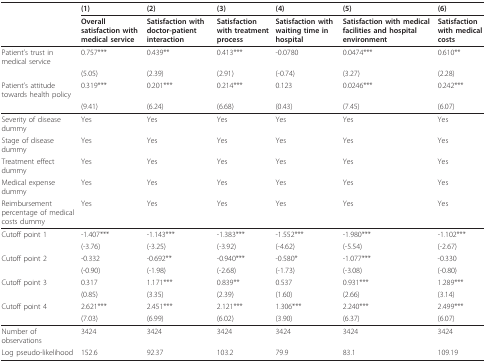
<table><thead><tr><td></td><td><b>(1)</b></td><td><b>(2)</b></td><td><b>(3)</b></td><td><b>(4)</b></td><td><b>(5)</b></td><td><b>(6)</b></td></tr><tr><td></td><td><b>Overall satisfaction with medical service</b></td><td><b>Satisfaction with doctor-patient interaction</b></td><td><b>Satisfaction with treatment process</b></td><td><b>Satisfaction with waiting time in hospital</b></td><td><b>Satisfaction with medical facilities and hospital environment</b></td><td><b>Satisfaction with medical costs</b></td></tr></thead><tbody><tr><td>Patient&#x27;s trust in medical service</td><td>0.757***</td><td>0.439**</td><td>0.413***</td><td>-0.0780</td><td>0.0474***</td><td>0.610**</td></tr><tr><td></td><td>(5.05)</td><td>(2.39)</td><td>(2.91)</td><td>(-0.74)</td><td>(3.27)</td><td>(2.28)</td></tr><tr><td>Patient&#x27;s attitude towards health policy</td><td>0.319***</td><td>0.201***</td><td>0.214***</td><td>0.123</td><td>0.0246***</td><td>0.242***</td></tr><tr><td></td><td>(9.41)</td><td>(6.24)</td><td>(6.68)</td><td>(0.43)</td><td>(7.45)</td><td>(6.07)</td></tr><tr><td>Severity of disease dummy</td><td>Yes</td><td>Yes</td><td>Yes</td><td>Yes</td><td>Yes</td><td>Yes</td></tr><tr><td>Stage of disease dummy</td><td>Yes</td><td>Yes</td><td>Yes</td><td>Yes</td><td>Yes</td><td>Yes</td></tr><tr><td>Treatment effect dummy</td><td>Yes</td><td>Yes</td><td>Yes</td><td>Yes</td><td>Yes</td><td>Yes</td></tr><tr><td>Medical expense dummy</td><td>Yes</td><td>Yes</td><td>Yes</td><td>Yes</td><td>Yes</td><td>Yes</td></tr><tr><td>Reimbursement percentage of medical costs dummy</td><td>Yes</td><td>Yes</td><td>Yes</td><td>Yes</td><td>Yes</td><td>Yes</td></tr><tr><td>Cutoff point 1</td><td>-1.407***</td><td>-1.143***</td><td>-1.383***</td><td>-1.552***</td><td>-1.980***</td><td>-1.102***</td></tr><tr><td></td><td>(-3.76)</td><td>(-3.25)</td><td>(-3.92)</td><td>(-4.62)</td><td>(-5.54)</td><td>(-2.67)</td></tr><tr><td>Cutoff point 2</td><td>-0.332</td><td>-0.692**</td><td>-0.940***</td><td>-0.580*</td><td>-1.077***</td><td>-0.330</td></tr><tr><td></td><td>(-0.90)</td><td>(-1.98)</td><td>(-2.68)</td><td>(-1.73)</td><td>(-3.08)</td><td>(-0.80)</td></tr><tr><td>Cutoff point 3</td><td>0.317</td><td>1.171***</td><td>0.839**</td><td>0.537</td><td>0.931***</td><td>1.289***</td></tr><tr><td></td><td>(0.85)</td><td>(3.35)</td><td>(2.39)</td><td>(1.60)</td><td>(2.66)</td><td>(3.14)</td></tr><tr><td>Cutoff point 4</td><td>2.621***</td><td>2.451***</td><td>2.121***</td><td>1.306***</td><td>2.240***</td><td>2.499***</td></tr><tr><td></td><td>(7.03)</td><td>(6.99)</td><td>(6.02)</td><td>(3.90)</td><td>(6.37)</td><td>(6.07)</td></tr><tr><td>Number of observations</td><td>3424</td><td>3424</td><td>3424</td><td>3424</td><td>3424</td><td>3424</td></tr><tr><td>Log pseudo-likelihood</td><td>152.6</td><td>92.37</td><td>103.2</td><td>79.9</td><td>83.1</td><td>109.19</td></tr></tbody></table>